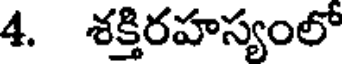
4. శక్తిరహస్యంలో